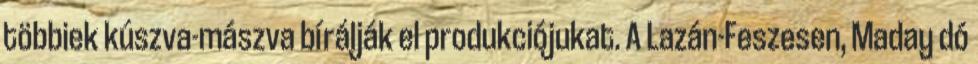
többiek kúszva-mászva bírálják el produkciójukat. A Lazán-Feszesen, Maday dó